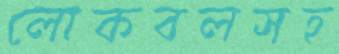
লোকবলসহ